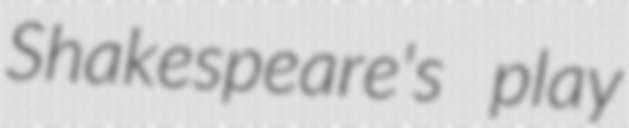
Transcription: Shakespeare's play